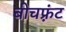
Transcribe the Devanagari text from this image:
बीचफ़्रंट